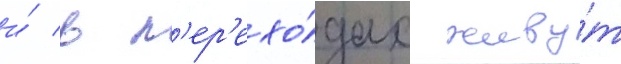
и́ в п'ер'ехо́дах живу́т